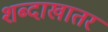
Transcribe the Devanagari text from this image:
शब्दाखातर